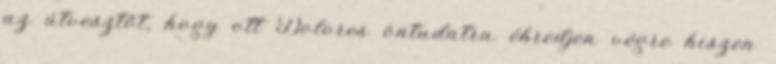
az útvesztőt, hogy ott Dolores öntudatra ébredjen végre hiszen